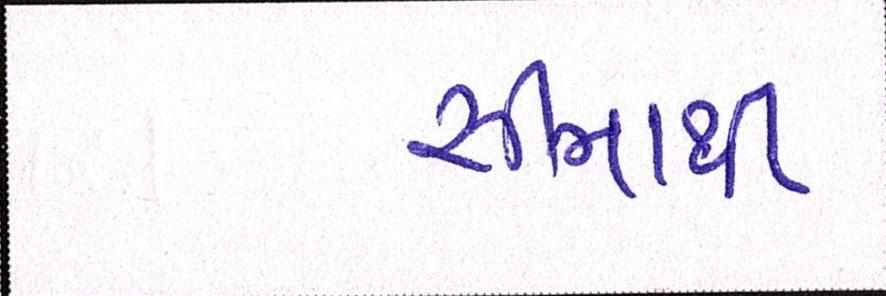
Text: સીમાથી